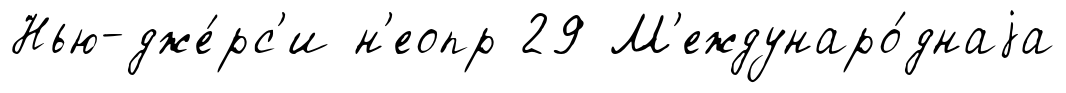
Нью-дже́рс'и н'еопр 29 М'еждунаро́днаjа